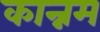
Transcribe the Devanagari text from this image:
कान्नम